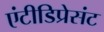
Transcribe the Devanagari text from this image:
एंटीडिप्रेसंट